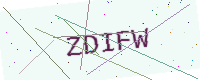
Text: ZDIFW